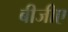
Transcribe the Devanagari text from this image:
बीजीए